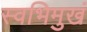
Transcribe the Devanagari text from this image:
स्वभिमुखं